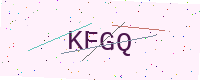
Text: KFGQ